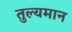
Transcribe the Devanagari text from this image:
तुल्यमान